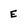
Character: E